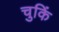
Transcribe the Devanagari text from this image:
चुकिं